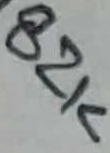
Text: 82K